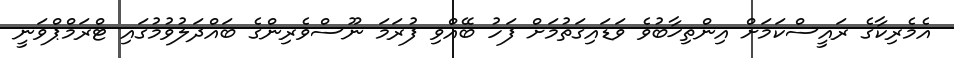
އެމެރިކާގެ ރައީސްކަމަށް އިންތިޚާބުވެ ވަޑައިގަތުމަށް ފަހު ބޭއްވި ފުރަމަ ނޫސްވެރިންގެ ބައްދަލުވުމުގައި ޓްރަމްޕްވަނީ